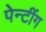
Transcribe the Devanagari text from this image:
पेन्टींग